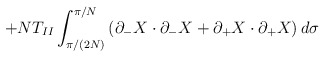
\begin{align*}+NT_{II}\int_{\pi/(2N)}^{\pi/N}\left( \partial_-X\cdot \partial_-X+\partial_+X\cdot \partial_+X \right) d\sigma \end{align*}